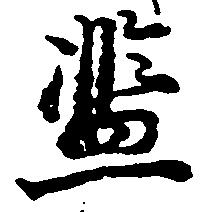
濫